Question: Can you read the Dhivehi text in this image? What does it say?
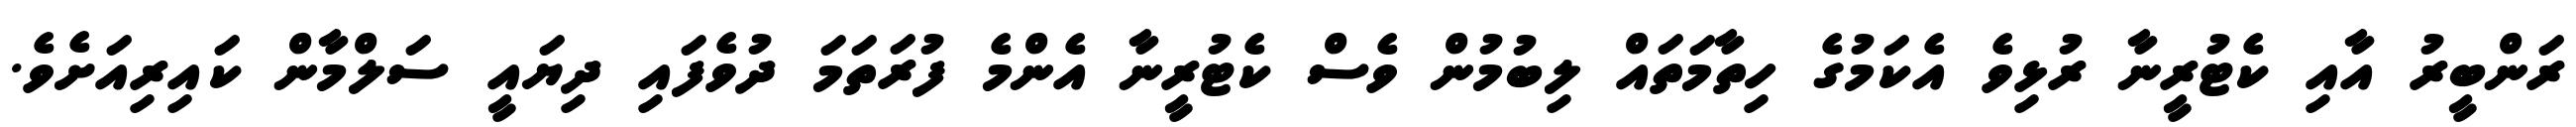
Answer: ރަންބީރު އާއި ކެޓުރީނާ ރުޅިވެ އެކަމުގެ ހިތާމަތައް ލިބުމުން ވެސް ކެޓުރީނާ އެންމެ ފުރަތަމަ ދުވެފައި ދިޔައީ ސަލްމާން ކައިރިއަށެވެ.